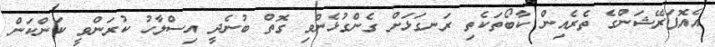
އެއޮޕަރޭޝަންގެ ތެރެއިން ކާބޯތަކެތި ރަނގަޅަށް ގެންގުޅެންވި ގޮތް ބުނެދީ އިސްލާހު ކުރަންވީ ކަންކަން